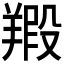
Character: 𦎮